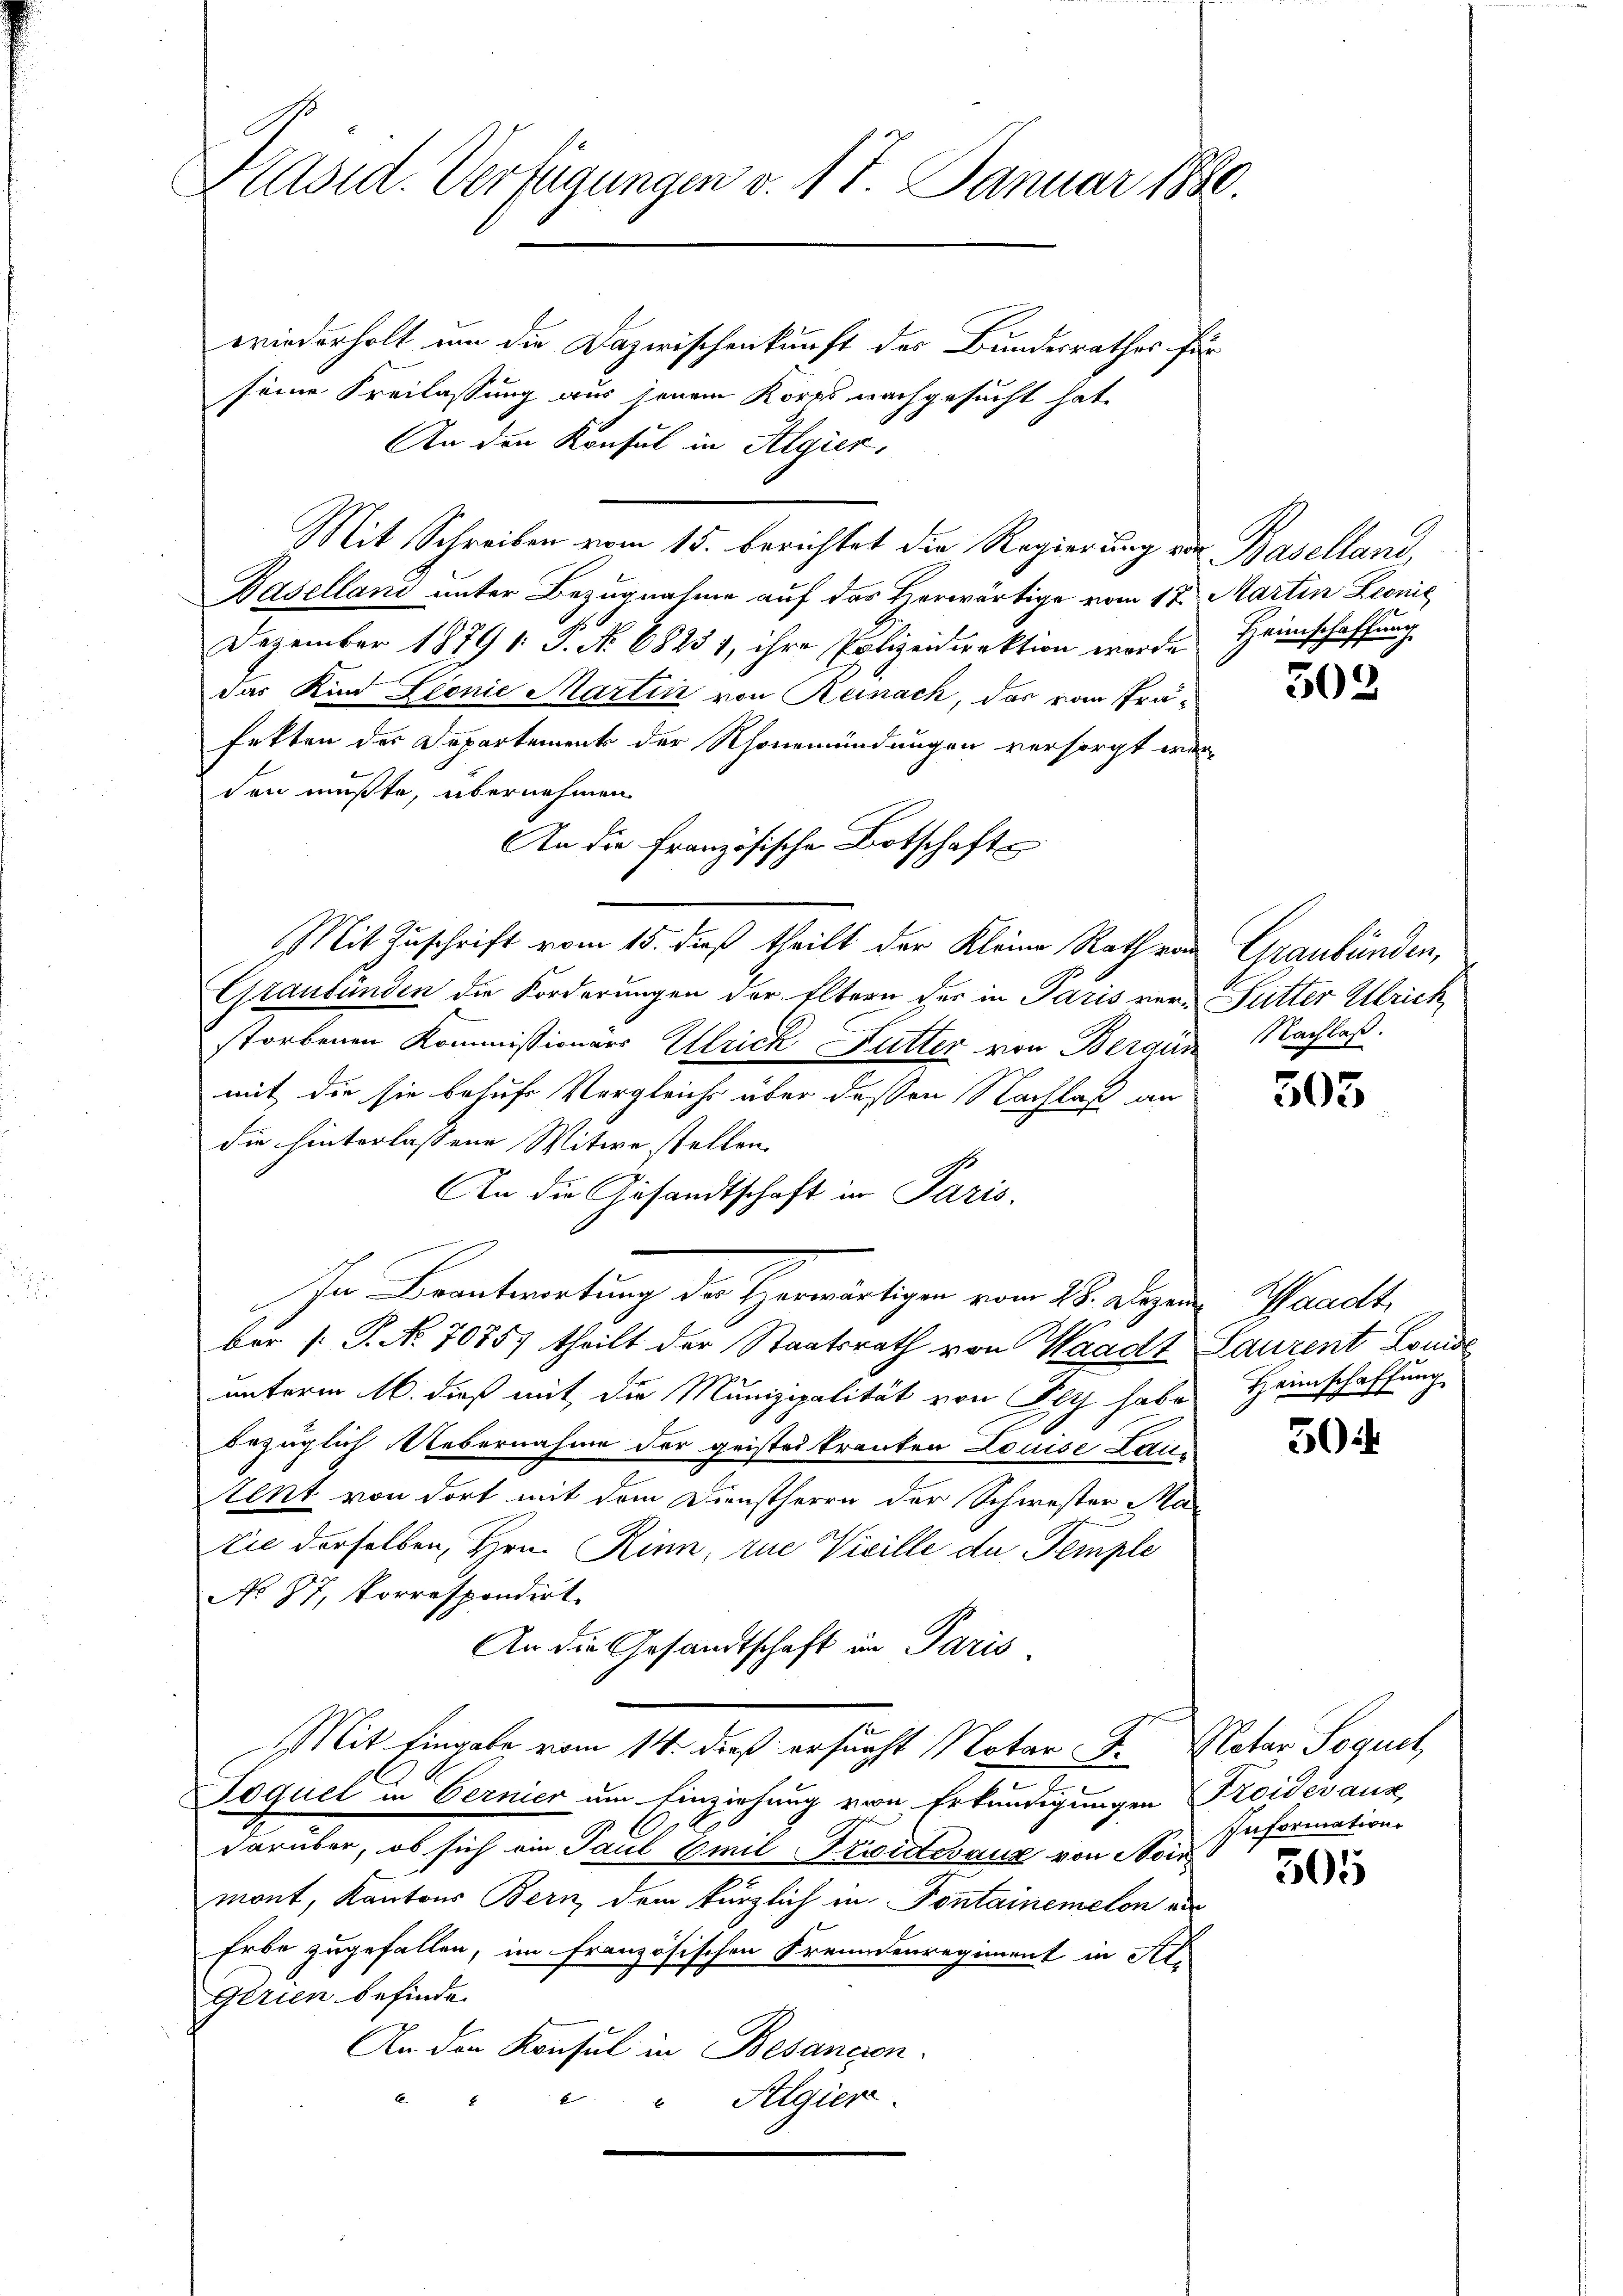
Präsid. Verfügungen v. 17. Januar 1880.

wiederholt um die Dazwischenkunft des Bundesrathes für
seine Freilassung aus jenem Korps nachgesucht hat.
An den Konsul in Algier,
Mit Schreiben vom 15. berichtet die Regierung von Baselland,
Baselland unter Bezugnahme auf der Herwärtige vom 17. Martin Leonić
Dezember 1879 1: P. Nr. 68231, ihre Polizeidirektion worde Heimschaffung
das Kind Sponie Martini von Reinack, das vom Präfekten der Departement der Nouemündungen versorgt wer-
den mußte, übernehmen
An die Französische Botschafts
Mit Zuschrift vom 15. dieß theilt der Kleine Rath von Graubünden,
Graubünden die Forderungen der Eltern der in Paris ver- Sutter Ulrich,
storbenen Kommissionärs Ulrick Futter von Berain
mit die sie besuche Vergleichs über deßen Nachlaß an
die hinterlassene Witwe stellen.
An die Gesandtschaft in Paris.
IIn Beantwortung der Herwärtigen vom 28. Deze
ber (: P. N. 70857 theilt der Staatsrath von Waadt Laurent Louise
unterm 16. dieß mit die Munizipalität von Ply habe Heimschaffung
bezüglich Uebernahme der geistes tranten Louise Laic-
tent von dort mit dem Dienstherrn der Schwester Matie derselben, Hrn. Rinn, zue Vicille de Temple
No 87, Korrespondirt.
An die Gesandtschaft in Paris
Mit Eingabe vom 14. dieß ersucht Notar F. Natar Sequel
Toquel in Oernier um Einziehung von Erkundigungen Procevaux
darüber, ob sich ein Paul Emil Friedtevaux von Nor
mont, Kantons Bern dem kürzlich in Pontainemelon aus
Erbe zugefallen, im französischen Freundenregiment in Al.
Gerien befinde.
An den Konsul in Besancen
2
Algier

302

Nachlaß

305

Waadt,

5 i

Information

305